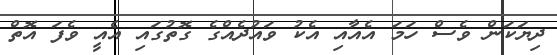
ދިޔަކަން ވެސް ހަމަ އެއާއި އެކު ވައުދެއްގެ ގޮތުގައި އެއީ ވެފަ އޮތް